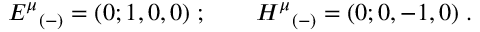
{ E ^ { \mu } } _ { ( - ) } = ( 0 ; 1 , 0 , 0 ) \; ; \qquad { H ^ { \mu } } _ { ( - ) } = ( 0 ; 0 , - 1 , 0 ) \; .